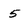
Character: 5